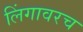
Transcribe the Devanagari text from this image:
लिंगावरच